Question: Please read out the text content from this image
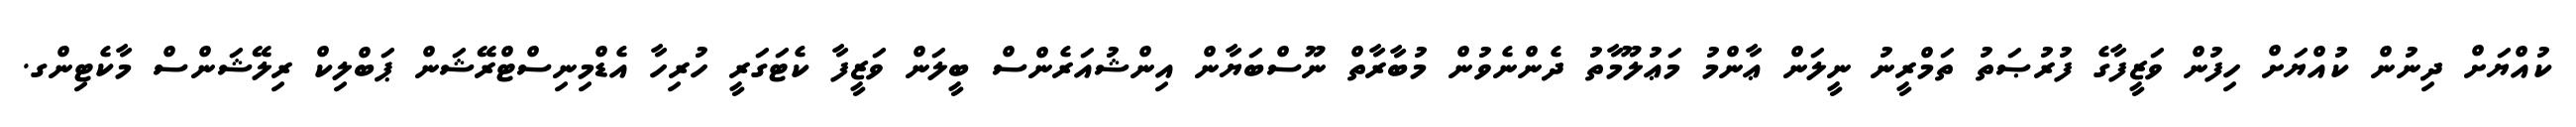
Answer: ކުއްޔަށް ދިނުން ކުއްޔަށް ހިފުން ވަޒީފާގެ ފުރުޞަތު ތަމްރީނު ނީލަން ޢާންމު މަޢުލޫމާތު ދެންނެވުން މުބާރާތް ނޫސްބަޔާން އިންޝުއަރެންސް ބީލަން ވަޒީފާ ކެޓަގަރީ ހުރިހާ އެޑްމިނިސްޓްރޭޝަން ޕަބްލިކް ރިލޭޝަންސް މާކެޓިންގ.